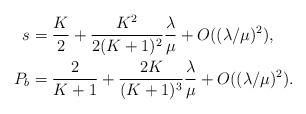
LaTeX: \begin{align*}s &= \frac{K}{2}+ \frac{K^2}{2(K+1)^2} \frac{\lambda}{\mu} + O((\lambda/\mu)^2 ) , \\P_b &= \frac{2}{K+1} + \frac{2K}{(K+1)^3} \frac{\lambda}{\mu} + O((\lambda/\mu)^2 ).\end{align*}